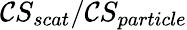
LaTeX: \mathcal{C}S_{scat}/\mathcal{C}S_{particle}